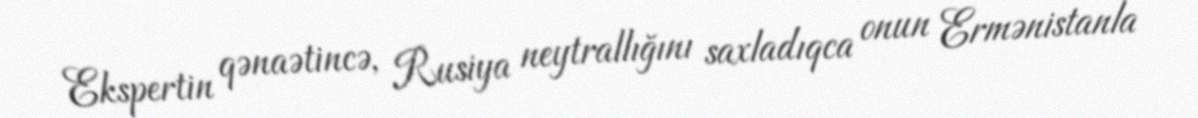
Ekspertin qənaətincə, Rusiya neytrallığını saxladıqca onun Ermənistanla